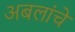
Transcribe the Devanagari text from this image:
अबलांचे